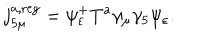
j _ { 5 \mu } ^ { a , \mathrm { r e g } } = \psi _ { \varepsilon } ^ { + } T ^ { a } \gamma _ { \mu } \gamma _ { 5 } \psi _ { \varepsilon } .